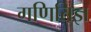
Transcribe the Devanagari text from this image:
गणितिज्ञ